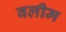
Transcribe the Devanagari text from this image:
वलीम